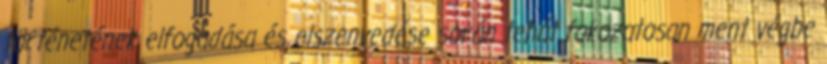
történetének elfogadása és elszenvedése során tehát fokozatosan ment végbe